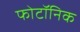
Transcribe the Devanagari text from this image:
फोटॉनिक